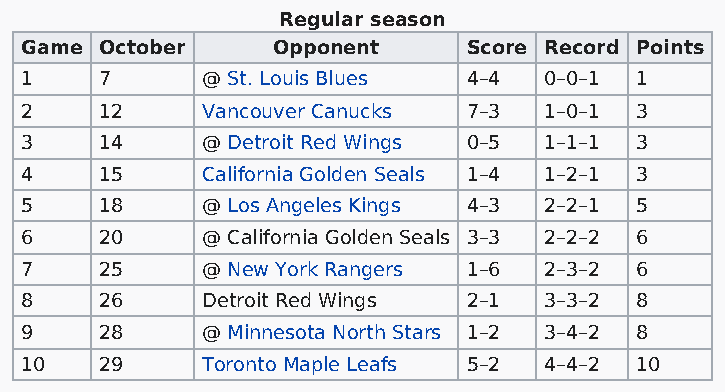
Regular season
 Game  October    Opponent     Score Record Points
 1     7     @ St. Louis Blues 4–4  0–0–1 1
 2     12    Vancouver Canucks 7–3  1–0–1 3
 3     14    @ Detroit Red Wings 0–5 1–1–1 3
 4     15    California Golden Seals 1–4 1–2–1 3
 5     18    @ Los Angeles Kings 4–3 2–2–1 5
 6     20    @ California Golden Seals 3–3 2–2–2 6
 7     25    @ New York Rangers 1–6 2–3–2 6
 8     26    Detroit Red Wings 2–1  3–3–2 8
 9     28    @ Minnesota North Stars 1–2 3–4–2 8
 10    29    Toronto Maple Leafs 5–2 4–4–2 10